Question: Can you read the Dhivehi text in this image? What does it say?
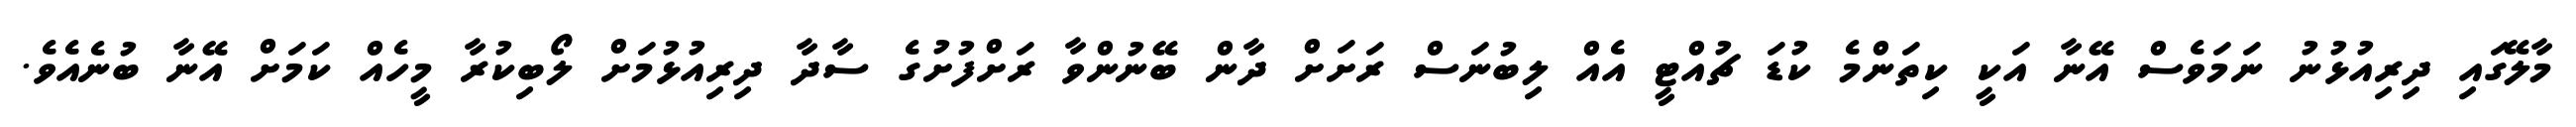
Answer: މާލޭގައި ދިރިއުޅުނު ނަމަވެސް އޭނާ އަކީ ކިތަންމެ ކުޑަ ޗުއްޓީ އެއް ލިބުނަސް ރަށަށް ދާން ބޭނުންވާ ރަށްފުށުގެ ސާދާ ދިރިއުޅުމަށް ލޯބިކުރާ މީހެއް ކަމަށް އޭނާ ބުނެއެވެ.